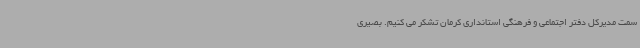
سمت مدیرکل دفتر اجتماعی و فرهنگی استانداری کرمان تشکر می کنیم. بصیری